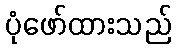
ပုံဖော်ထားသည်